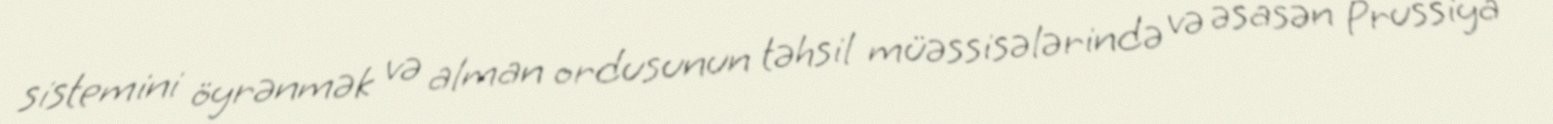
sistemini öyrənmək və alman ordusunun təhsil müəssisələrində və əsasən Prussiya